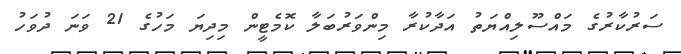
ސަރުކާރުގެ މައްސޫލިއްޔަތު އަދާކުރާ މިންވަރުބަލާ ކޮމެޓީން މިދިޔަ މަހުގެ 21 ވަނަ ދުވަހު